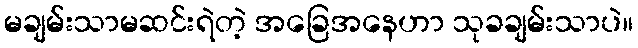
မချမ်းသာမဆင်းရဲတဲ့ အခြေအနေဟာ သုခချမ်းသာပဲ။